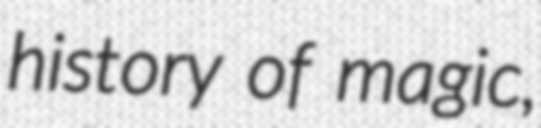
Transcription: history of magic,